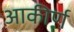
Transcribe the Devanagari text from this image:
आकीर्ण